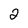
Character: 2